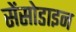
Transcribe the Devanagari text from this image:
सेंसोडाइन